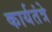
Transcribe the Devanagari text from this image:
कार्यतंत्रे